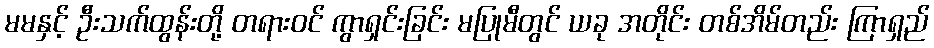
မမနှင့် ဦးသက်ထွန်းတို့ တရားဝင် ကွာရှင်းခြင်း မပြုမီတွင် ယခု အတိုင်း တစ်အိမ်တည်း ကြာရှည်